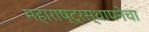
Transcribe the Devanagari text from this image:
महाराष्ट्रस्थापनेचा